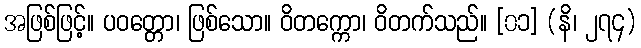
အဖြစ်ဖြင့်။ ပဝတ္တော၊ ဖြစ်သော။ ဝိတက္ကော၊ ဝိတက်သည်။ [၀၁] (နိ၊ ၂၇၄)